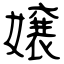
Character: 嬢